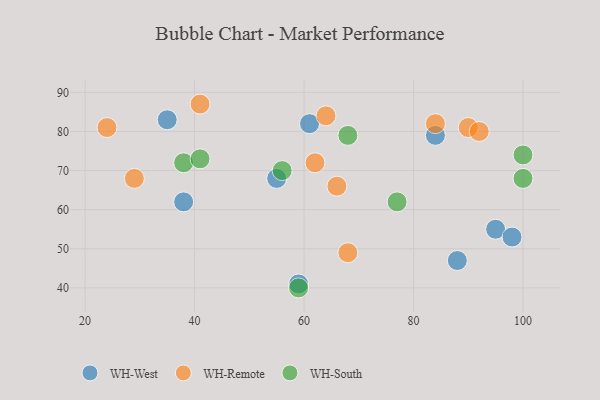
{"axis": {"x": "GDP", "y": "Life Expectancy"}, "legend": ["WH-Remote", "WH-South", "WH-West"], "data": [{"x": "59", "y": 41, "type": "WH-West"}, {"x": "88", "y": 47, "type": "WH-West"}, {"x": "38", "y": 62, "type": "WH-West"}, {"x": "84", "y": 79, "type": "WH-West"}, {"x": "95", "y": 55, "type": "WH-West"}, {"x": "55", "y": 68, "type": "WH-West"}, {"x": "98", "y": 53, "type": "WH-West"}, {"x": "35", "y": 83, "type": "WH-West"}, {"x": "61", "y": 82, "type": "WH-West"}, {"x": "64", "y": 84, "type": "WH-Remote"}, {"x": "90", "y": 81, "type": "WH-Remote"}, {"x": "92", "y": 80, "type": "WH-Remote"}, {"x": "68", "y": 49, "type": "WH-Remote"}, {"x": "62", "y": 72, "type": "WH-Remote"}, {"x": "24", "y": 81, "type": "WH-Remote"}, {"x": "84", "y": 82, "type": "WH-Remote"}, {"x": "29", "y": 68, "type": "WH-Remote"}, {"x": "66", "y": 66, "type": "WH-Remote"}, {"x": "41", "y": 87, "type": "WH-Remote"}, {"x": "38", "y": 72, "type": "WH-South"}, {"x": "77", "y": 62, "type": "WH-South"}, {"x": "100", "y": 68, "type": "WH-South"}, {"x": "56", "y": 70, "type": "WH-South"}, {"x": "59", "y": 40, "type": "WH-South"}, {"x": "41", "y": 73, "type": "WH-South"}, {"x": "100", "y": 74, "type": "WH-South"}, {"x": "68", "y": 79, "type": "WH-South"}]}